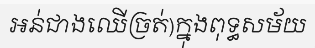
អន់ជាងឈើច្រត់)ក្នុងពុទ្ធសម័យ